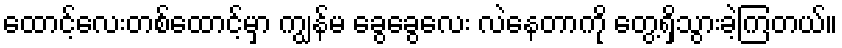
ထောင့်လေးတစ်ထောင့်မှာ ကျွန်မ ခွေခွေလေး လဲနေတာကို တွေ့ရှိသွားခဲ့ကြတယ်။